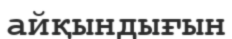
айқындығын